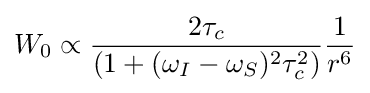
W_{0}\propto {\frac {2\tau _{c}}{(1+(\omega _{I}-\omega _{S})^{2}\tau _{c}^{2})}}{\frac {1}{r^{6}}}